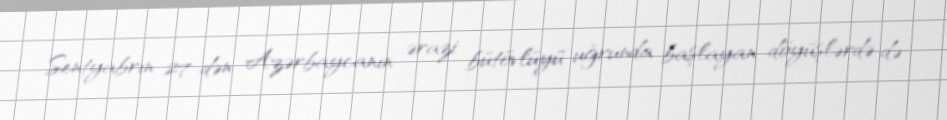
Sentyabrın 27-dən Azərbaycanın ərazi bütövlüyü uğrunda başlayan döyüşlərdə də